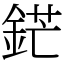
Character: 鋩